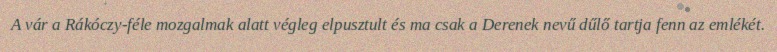
A vár a Rákóczy-féle mozgalmak alatt végleg elpusztult és ma csak a Derenek nevű dűlő tartja fenn az emlékét.